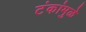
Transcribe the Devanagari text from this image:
टंकांमुळे